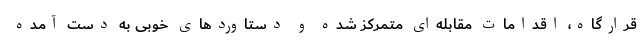
قرارگاه، اقدامات مقابله‌ای متمرکز شده و دستاوردهای خوبی به دست آمده